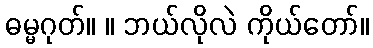
ဓမ္မဂုတ်။ ။ ဘယ်လိုလဲ ကိုယ်တော်။